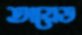
অয়েড